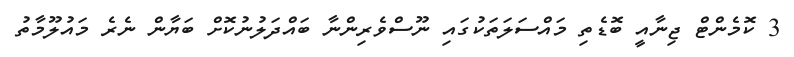
3 ކޮމެންޓް ޖިނާއީ ބޮޑެތި މައްސަލަތަކުގައި ނޫސްވެރިންނާ ބައްދަލުނުކޮށް ބަޔާން ނެރެ މައުލޫމާތު